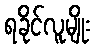
ရခိုင်လူမျိုး